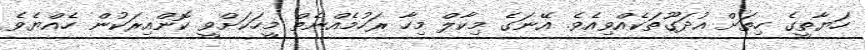
ހަޔާތީގެ ހިތަށް އުދަގޫތަކެއްވިއެވެ. އޭނަގެ މިކާލް މިހާ ރަހުމެއްނެތް މީހަކަށްވީ ކޮންއިރަކުން ހެއްޔެވެ